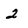
Character: 2